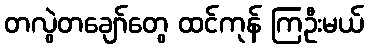
တလွဲတချော်တွေ ထင်ကုန် ကြဦးမယ်